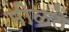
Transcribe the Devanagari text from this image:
मीळते